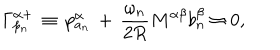
\Gamma _ { p _ { n } } ^ { \alpha + } \, \equiv \, p _ { a _ { n } } ^ { \alpha } \, + \, \frac { \omega _ { n } } { 2 R } M ^ { \alpha \beta } b _ { n } ^ { \beta } \approx 0 , \, \, \, \, \, \, \,